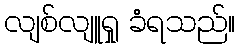
လျစ်လျူရှု ခံရသည်။